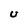
Character: U